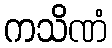
ကသိဏံ